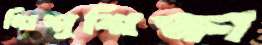
শিশুশিক্ষা